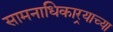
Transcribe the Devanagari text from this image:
सामनाधिकार्‍याच्या